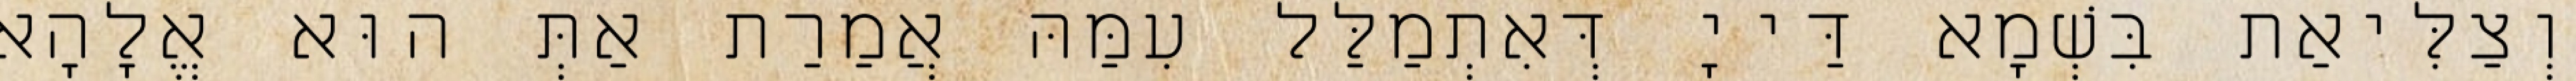
וְצַלִּיאַת בִּשְׁמָא דַּייָ דְּאִתְמַלַּל עִמַּהּ אֲמַרַת אַתְּ הוּא אֱלָהָא